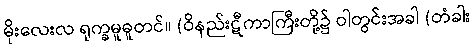
မိုးလေးလ ရုက္ခမူဓူတင်။ (ဝိနည်းဋီကာကြီးတို့၌ ဝါတွင်းအခါ (တံခါး